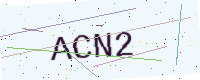
Text: ACN2